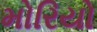
મોરિયો